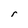
Character: r